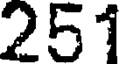
251